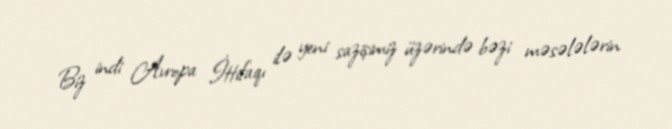
Biz indi Avropa İttifaqı ilə yeni sazişimiz üzərində bəzi məsələlərin